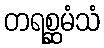
တရစ္ဆမံသံ